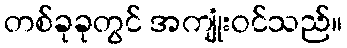
တစ်ခုခုတွင် အကျုံးဝင်သည်။